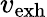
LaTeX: v_{\mathrm{exh}}